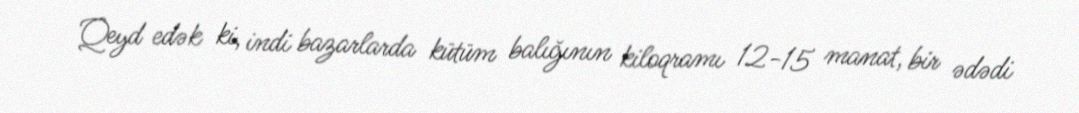
Qeyd edək ki, indi bazarlarda kütüm balığının kiloqramı 12-15 manat, bir ədədi